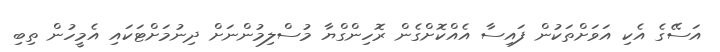
އަސޭގެ އެކި އަވަށްތަކުން ފައިސާ އެއްކޮށްގެން ރޮހިންގްޔާ މުސްލިމުންނަށް ދިނުމަށްޓަކައި އެމީހުން ތިބި